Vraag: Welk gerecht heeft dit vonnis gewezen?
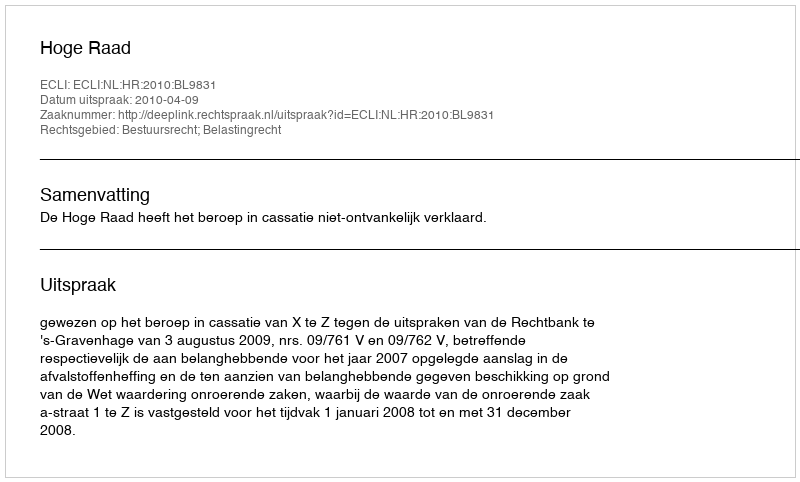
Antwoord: Hoge Raad